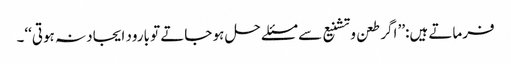
فرماتے ہیں:’’ اگر طعن و تشنیع سے مسئلے حل ہو جاتے تو بارود ایجاد نہ ہوتی‘‘۔